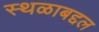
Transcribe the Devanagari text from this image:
स्थळाबद्दल